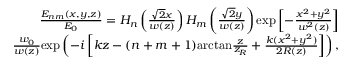
\begin{array} { r } { \frac { E _ { n m } ( x , y , z ) } { E _ { 0 } } = H _ { n } \left( \frac { \sqrt { 2 } x } { w ( z ) } \right) H _ { m } \left( \frac { \sqrt { 2 } y } { w ( z ) } \right) \mathrm { e x p } \left[ - \frac { x ^ { 2 } + y ^ { 2 } } { w ^ { 2 } ( z ) } \right] } \\ { \frac { w _ { 0 } } { w ( z ) } \mathrm { e x p } \left( - i \left[ k z - ( n + m + 1 ) \mathrm { a r c t a n } \frac { z } { z _ { R } } + \frac { k ( x ^ { 2 } + y ^ { 2 } ) } { 2 R ( z ) } \right] \right) , } \end{array}